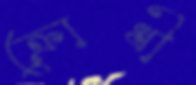
ক্রোধী